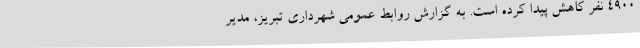
4900 نفر کاهش پیدا کرده است. به گزارش روابط عمومی شهرداری تبریز، مدیر